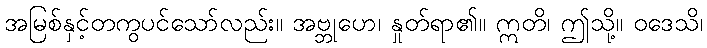
အမြစ်နှင့်တကွပင်သော်လည်း။ အဗ္ဘုဟေ၊ နှုတ်ရာ၏။ ဣတိ၊ ဤသို့။ ဝဒေသိ၊